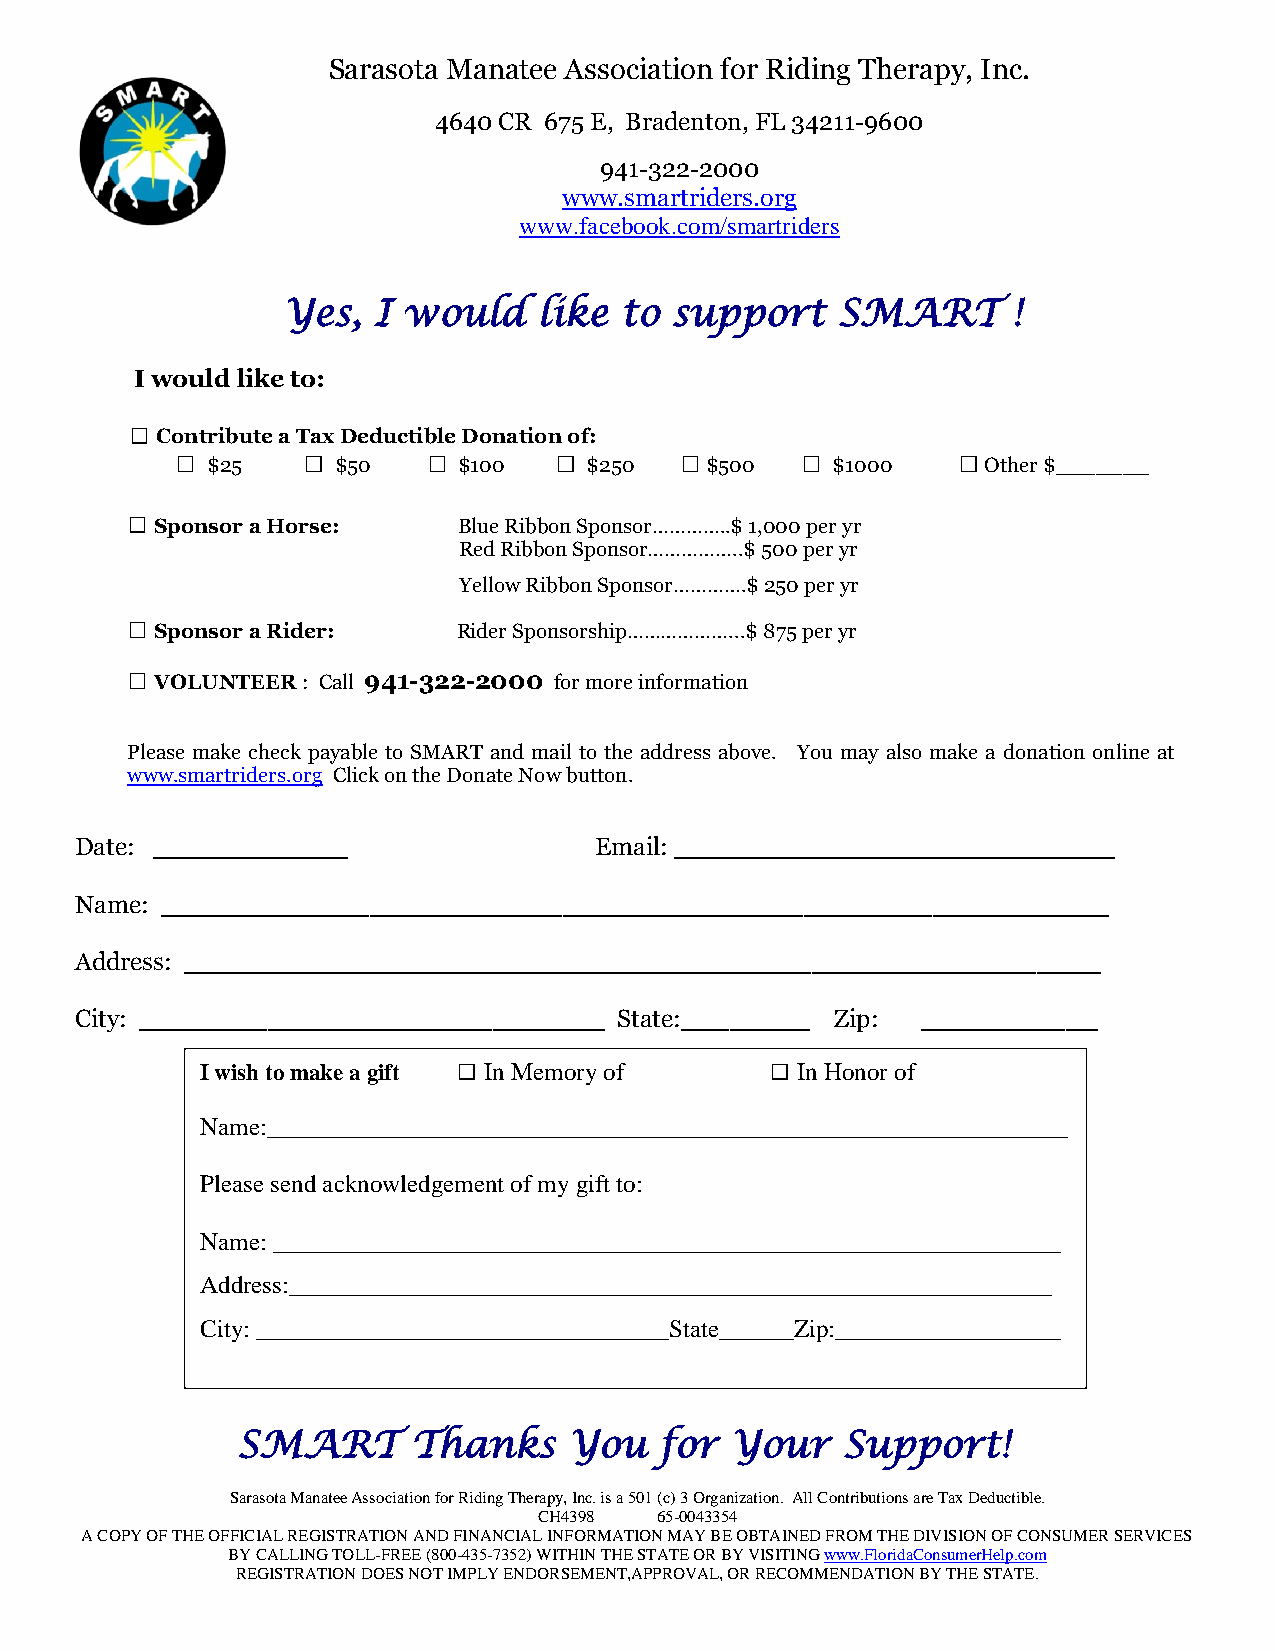
Sarasota Manatee Association for Riding Therapy, Inc.
 4640 CR 675 E, Bradenton, FL 34211-9600
 941-322-2000
 www.smartriders.org
 www.facebook.com/smartriders
 Yes,  I would    like to s upport   SMART       !
 I would like to:
 Contribute a Tax Deductible Donation of:
 $25     $50     $100     $250    $500    $1000     Other $_______
 Sponsor a Horse:    Blue Ribbon Sponsor…………..$ 1,000 per yr
 Red Ribbon Sponsor……………..$ 500 per yr
 Yellow Ribbon Sponsor………….$ 250 per yr
 Sponsor a Rider:    Rider Sponsorship………………...$ 875 per yr
 VOLUNTEER : Call 941-322-2000 for more information
 Please make check payable to SMART and mail to the address above. You may also make a donation online at
 www.smartriders.org Click on the Donate Now button.
 Date: __________                  Email: ___________________________
 Name: ___________________________________________________________
 Address: _________________________________________________________
 City: _____________________________ State:________ Zip: ___________
 I wish to make a gift In Memory of      In Honor of
 Name:________________________________________________________________
 Please send acknowledgement of my gift to:
 Name: _______________________________ ________________________________
 Address:______________________________ _______________________________
 City: _________________________________State______Zip:__________________
 SMART      Thanks     You   for Your    Support!
 Sarasota Manatee Association for Riding Therapy, Inc. is a 501 (c) 3 Organization. All Contributions are Tax Deductible.
 CH4398 65-0043354
 A COPY OF THE OFFICIAL REGISTRATION AND FINANCIAL INFORMATION MAY BE OBTAINED FROM THE DIVISION OF CONSUMER SERVICES
 BY CALLING TOLL-FREE (800-435-7352) WITHIN THE STATE OR BY VISITING www.FloridaConsumerHelp.com
 REGISTRATION DOES NOT IMPLY ENDORSEMENT,APPROVAL, OR RECOMMENDATION BY THE STATE.